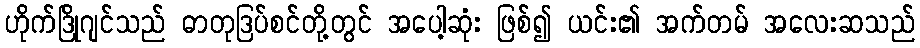
ဟိုက်ဒြိုဂျင်သည် ဓာတုဒြပ်စင်တို့တွင် အပေါ့ဆုံး ဖြစ်၍ ယင်း၏ အက်တမ် အလေးဆသည်